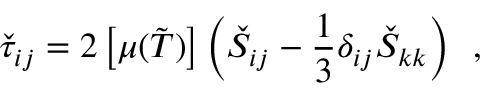
\check { \tau } _ { i j } = 2 \left[ \mu ( \tilde { T } ) \right] \left( \check { S } _ { i j } - \frac { 1 } { 3 } \delta _ { i j } \check { S } _ { k k } \right) \, \mathrm { ~ , ~ }